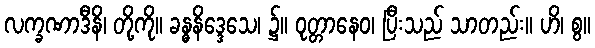
လက္ခဏာဒီနိ၊ တို့ကို။ ခန္ဓနိဒ္ဒေသေ၊ ၌။ ဝုတ္တာနေဝ၊ ပြီးသည် သာတည်း။ ဟိ၊ စွ။